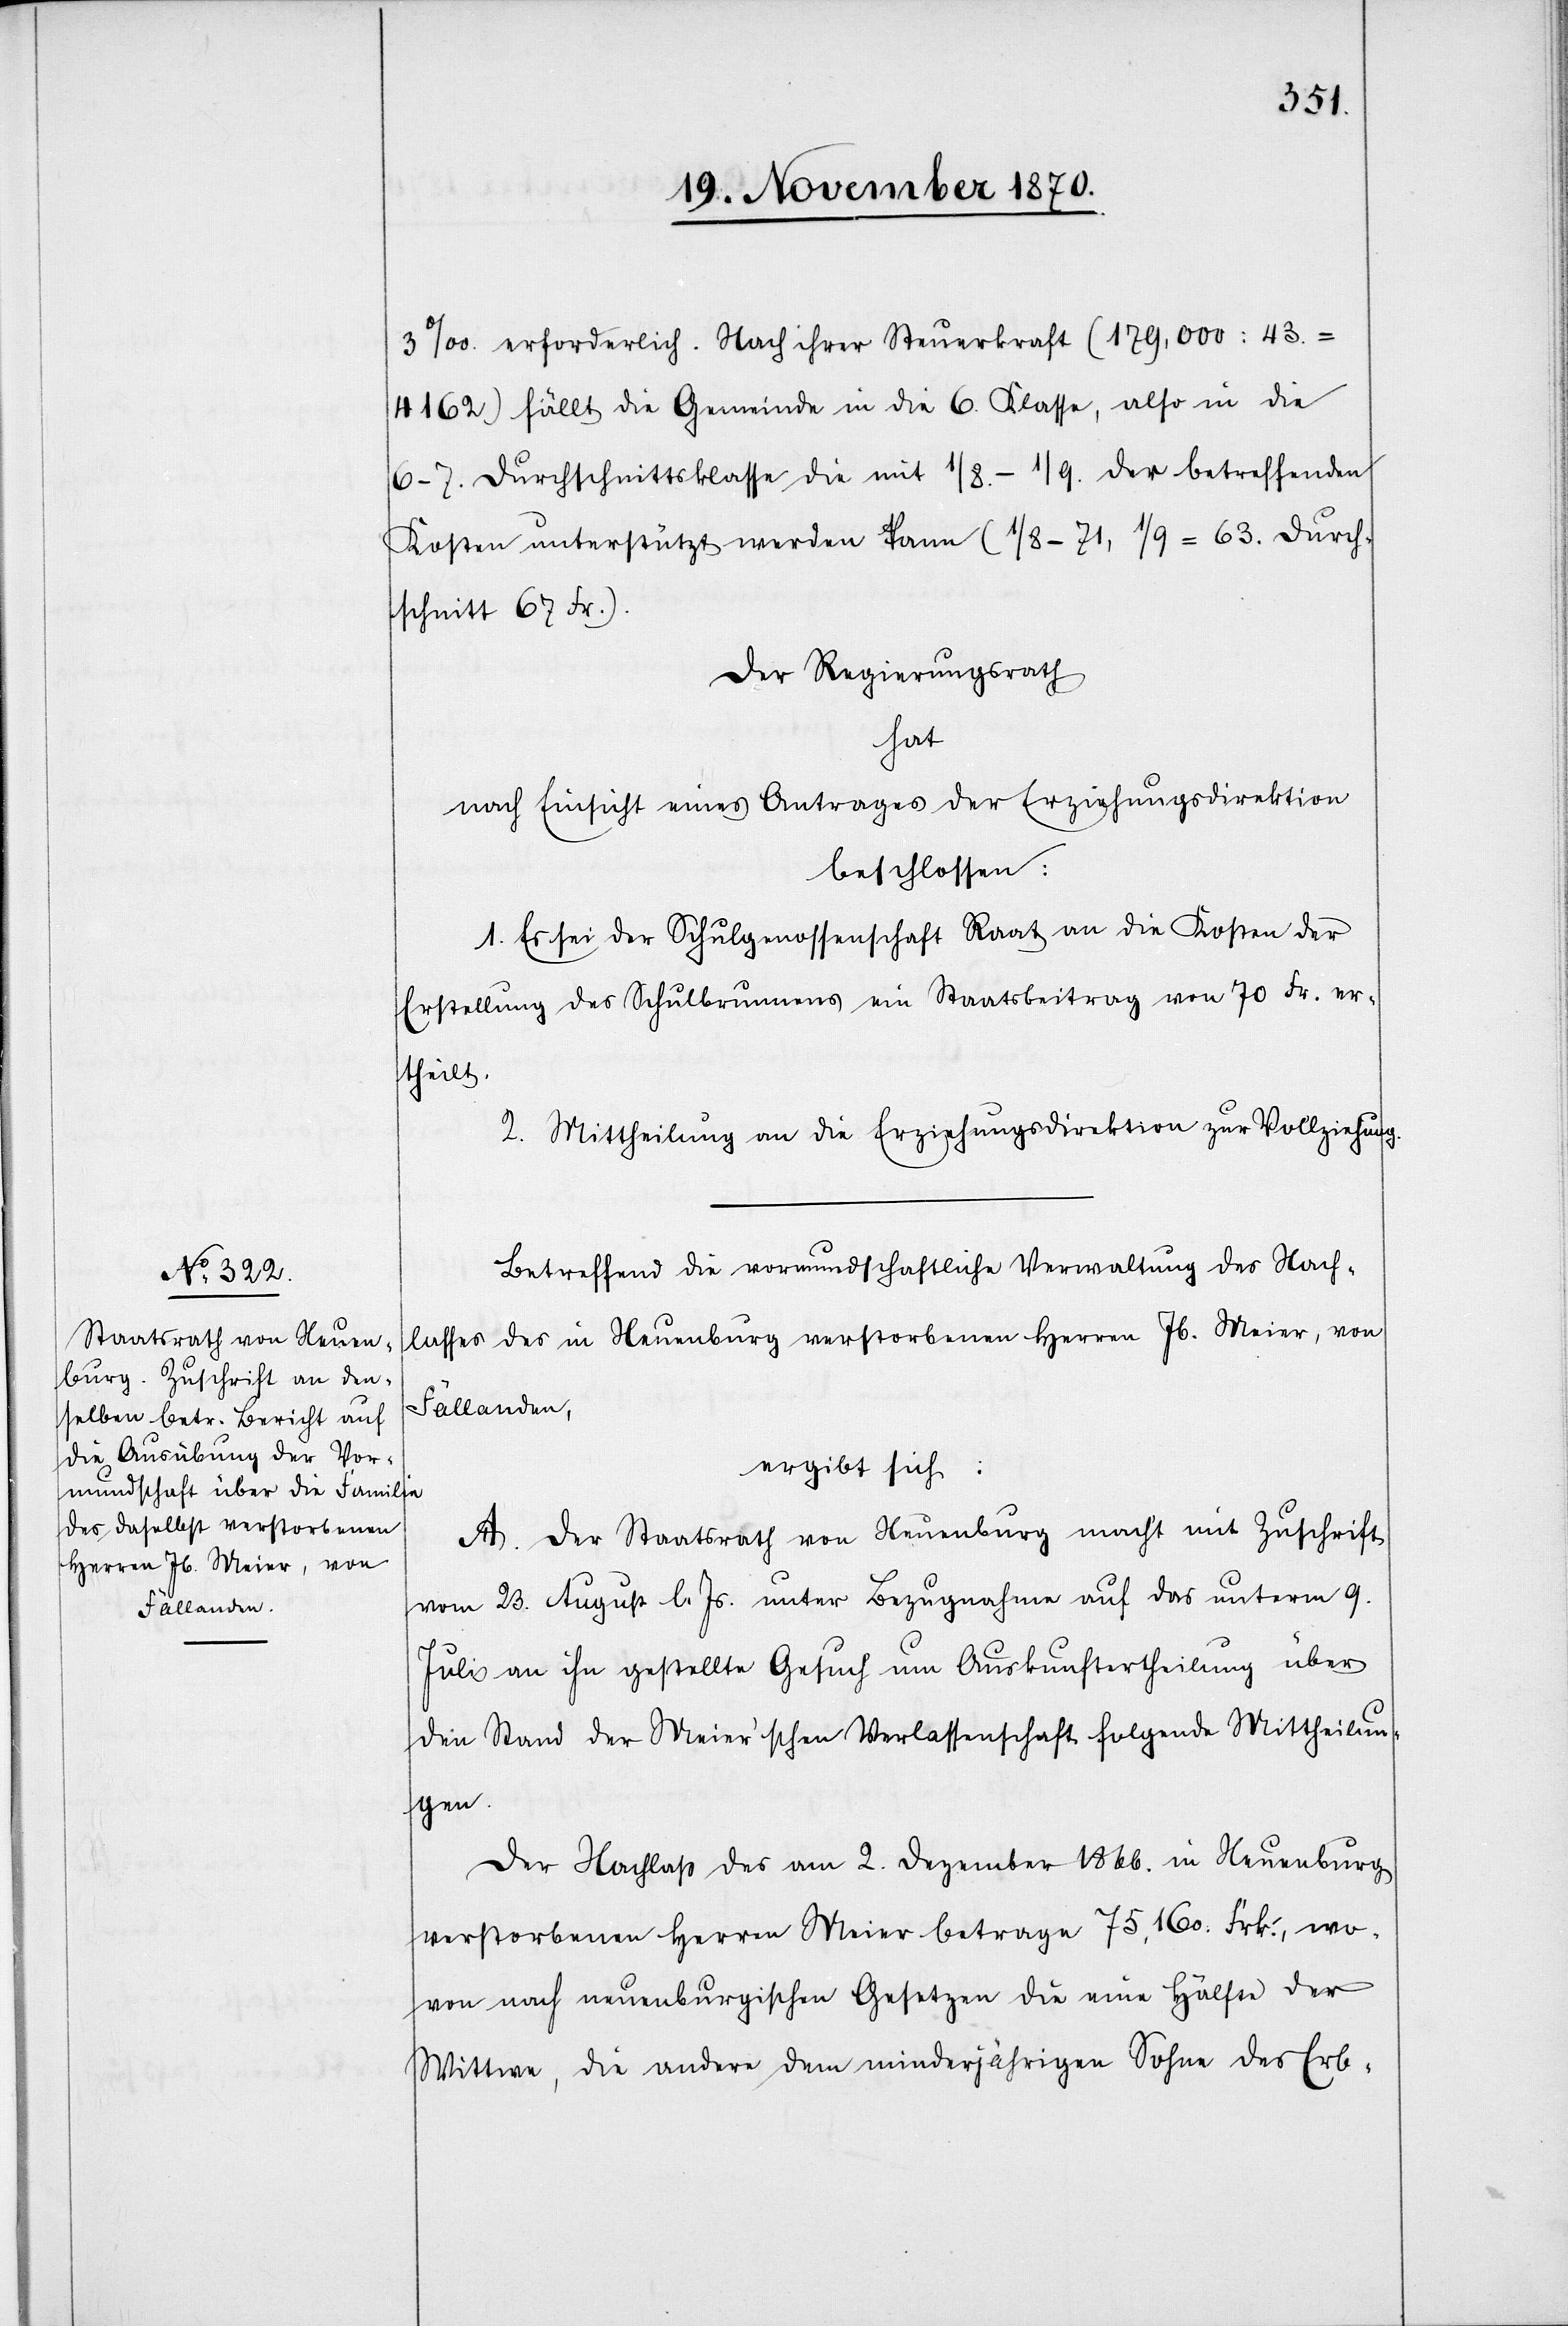
3‰ erforderlich. Nach ihrer Steuerkraft (179,000 : 43.
4162) fällt die Gemeinde in die 6. Klasse, also in die
6–7. Durchschnittsklasse die mit 1/8 – 1/9 der betreffenden
Kosten unterstützt werden kann (1/8 = 71, 1/9 = 63. Durch¬
schnitt 67 Fr.).
Der Regierungsrath
hat
nach Einsicht eines Antrages der Erziehungsdirektion
beschlossen:
1. Es sei der Schulgenossenschaft Raat an die Kosten der
Erstellung des Schulbrunnens ein Staatsbeitrag von 70 Fr. er¬
theilt.
2. Mittheilung an die Erziehungsdirektion zur Vollziehung.
Betreffend die vormundschaftliche Verwaltung des Nach¬
lasses des in Neuenburg verstorbenen Herren Jb. Meier, von
Fällanden,
ergibt sich:
A. Der Staatsrath von Neuenburg macht mit Zuschrift
vom 23. August l. Js. unter Bezugnahme auf das unterm 9.
Juli an ihn gestellte Gesuch um Auskunftertheilung über
den Stand der Meier’schen Verlassenschaft folgende Mittheilun¬
gen.
Der Nachlaß des am 2. Dezember 1866. in Neuenburg
verstorbenen Herren Meier betrage 75,160. Frk:, wo¬
von nach neuenburgischen Gesetzen die eine Hälfte der
Wittwe, die andere dem minderjährigen Sohn des Erb-